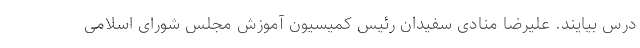
درس بیایند. علیرضا منادی سفیدان رئیس کمیسیون آموزش مجلس شورای اسلامی